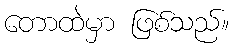
တောထဲမှာ ဖြစ်သည်။